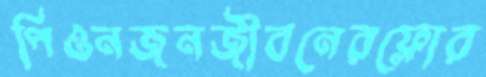
পিওনজনজীবনেরফ্লোর